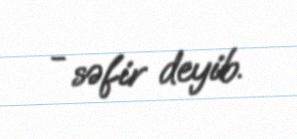
- səfir deyib.